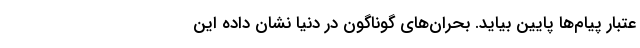
عتبارِ پیام‌ها پایین بیاید. بحران‌های گوناگون در دنیا نشان داده این